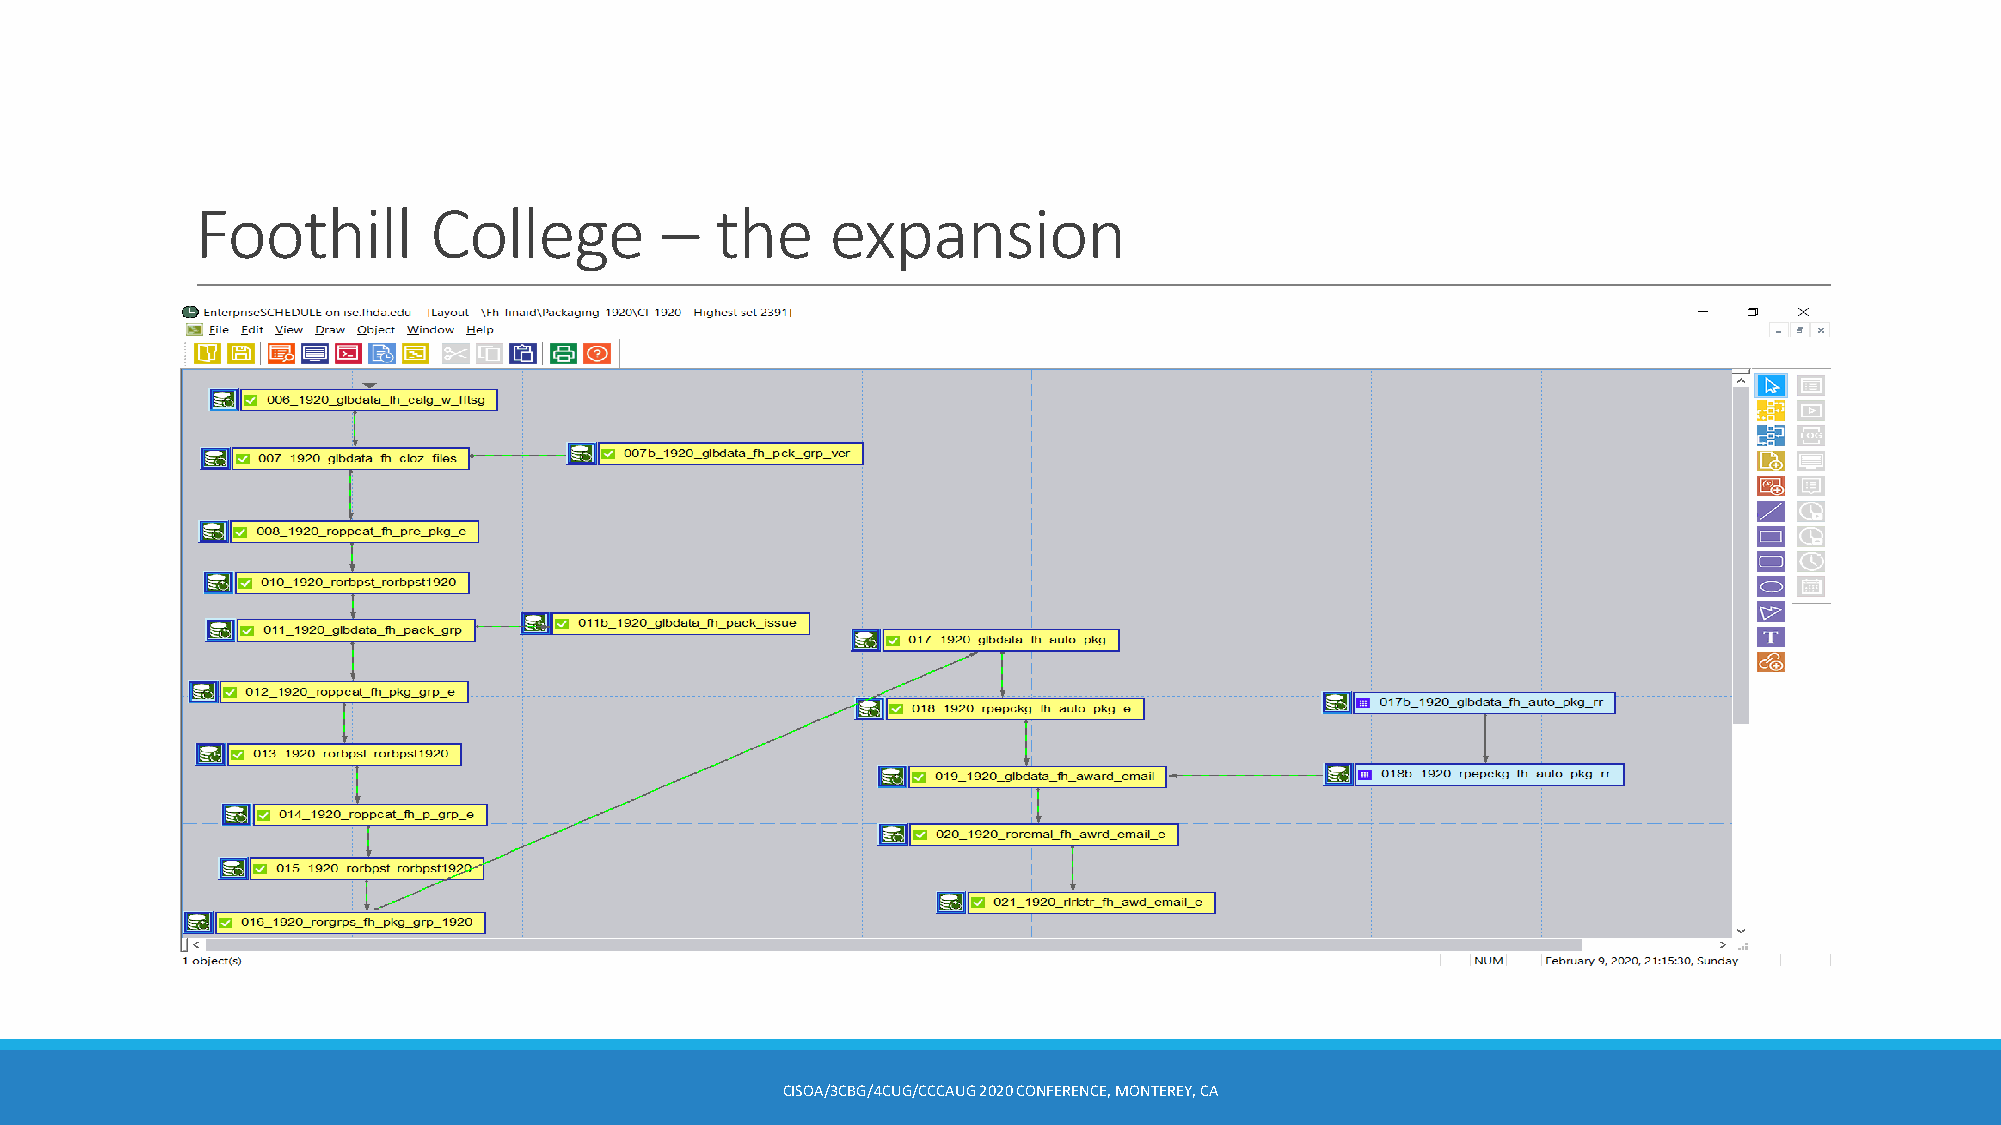
Foothill       College         –  the     expansion
 CISOA/3CBG/4CUG/CCCAUG 2020 CONFERENCE, MONTEREY, CA